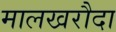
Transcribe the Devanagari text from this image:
मालखरौदा